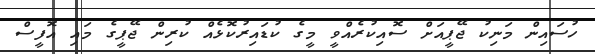
ހުސައިން މަނިކު ޖޭޕީއަށް ސޮއިކުރެއްވީ މީގެ ކުޑައިރުކޮޅެއް ކުރިން ޖޭޕީގެ މައި އޮފީސް